Report on the nature of kala-azar
Disease focus: Kala-Azar
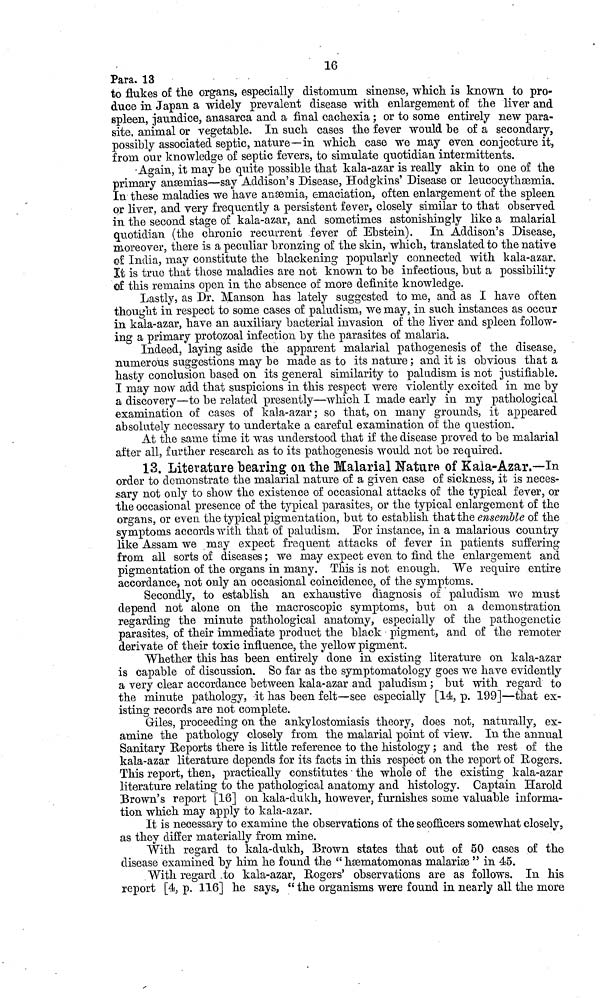
16
Para. 13
to flukes of the organs, especially distomum sinense, which is known to pro-
duce in Japan a widely prevalent disease with enlargement of the liver and
spleen, jaundice, anasarca and a final cachexia ; or to some entirely new para-
site, animal or vegetable. In such cases the fever would he of a secondary,
possibly associated septic, nature—in which case we may even conjecture it,
from our knowledge of septic fevers, to simulate quotidian intermittents.
Again, it may he quite possible that kala-azar is really akin to one of the
primary anæmias—say Addison's Disease, Hodgkins' Disease or leucocythæmia.
In these maladies we have anæmia, emaciation, often enlargement of the spleen
or liver, and very frequently a persistent fever, closely similar to that observed
in the second stage of kala-azar, and sometimes astonishingly like a malarial
quotidian (the chronic recurrent fever of Ebstein). In Addison's Disease,
moreover, there is a peculiar bronzing of the skin, which, translated to the native
of India, may constitute the blackening popularly connected with kala-azar.
It is true that those maladies are not known to be infectious, but a possibility
of this remains open in the absence of more definite knowledge.
Lastly, as Dr. Manson has lately suggested to me, and as I have often
thought in respect to some cases of paludism, we may, in such instances as occur
in kala-azar, have an auxiliary bacterial invasion of the liver and spleen follow-
ing a primary protozoal infection by the parasites of malaria.
Indeed, laying aside the apparent malarial pathogenesis of the disease,
numerous suggestions may be made as to its nature ; and it is obvious that a
hasty conclusion based on its general similarity to paludism is not justifiable.
I may now add that suspicions in this respect were violently excited in me by
a discovery—to be related presently—which I made early in my pathological
examination of cases of kala-azar ; so that, on many grounds, it appeared
absolutely necessary to undertake a careful examination of the question.
At the same time it was understood that if the disease proved to be malarial
after all, further research as to its pathogenesis would not be required.
13. Literature bearing on the Malarial Nature of Kala-Azar.—In
order to demonstrate the malarial nature of a given case of sickness, it is neces-
sary not only to show the existence of occasional attacks of the typical fever, or
the occasional presence of the typical parasites, or the typical enlargement of the
organs, or even the typical pigmentation, but to establish that the ensemble of the
symptoms accords with that of paludism. For instance, in a malarious country
like Assam we may expect frequent attacks of fever in patients suffering
from all sorts of diseases ; we may expect even to find the enlargement and
pigmentation of the organs in many. This is not enough. We require entire
accordance, not only an occasional coincidence, of the symptoms.
Secondly, to establish an exhaustive diagnosis of paludism. we must
depend not alone on the macroscopic symptoms, but on a demonstration
regarding the minute pathological anatomy, especially of the pathogenetic
parasites, of their immediate product the black pigment, and of the remoter
derivate of their toxic influence, the yellow pigment.
Whether this has been entirely done in existing literature on kala-azar
is capable of discussion. So far as the symptomatology goes we have evidently
a very clear accordance between kala-azar and paludism ; but with regard to
the minute pathology, it has been felt — see especially [14, p. 199] — that ex-
isting records are not complete.
Giles, proceeding on the ankylostomiasis theory, does not, naturally, ex-
amine the pathology closely from the malarial point of view. In the annual
Sanitary Reports there is little reference to the histology ; and the rest of the
kala-azar literature depends for its facts in this respect on the report of Rogers.
This report, then, practically constitutes · the whole of the existing kala-azar
literature relating to the pathological anatomy and histology. Captain Harold
Brown's report [16] on kala-dukh, however, furnishes some valuable informa-
tion which may apply to kala-azar.
It is necessary to examine the observations of the seofficers somewhat closely,
as they differ materially from mine.
With regard to kala-dukh, Brown states that out of 50 cases of the
disease examined by him he found the " hæmatomonas malariæ " in 45.
With regard to kala-azar, Rogers' observations are as follows. In his
report [4, p. 116] he says, " the organisms were found in nearly all the more